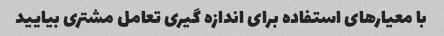
با معیارهای استفاده برای اندازه گیری تعامل مشتری بیایید